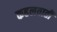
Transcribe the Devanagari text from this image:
कहलवाती